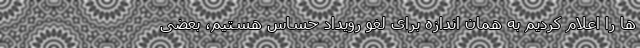
ها را اعلام کردیم به همان اندازه برای لغو رویداد حساس هستیم، بعضی